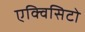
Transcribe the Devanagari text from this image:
एक्विसिटो